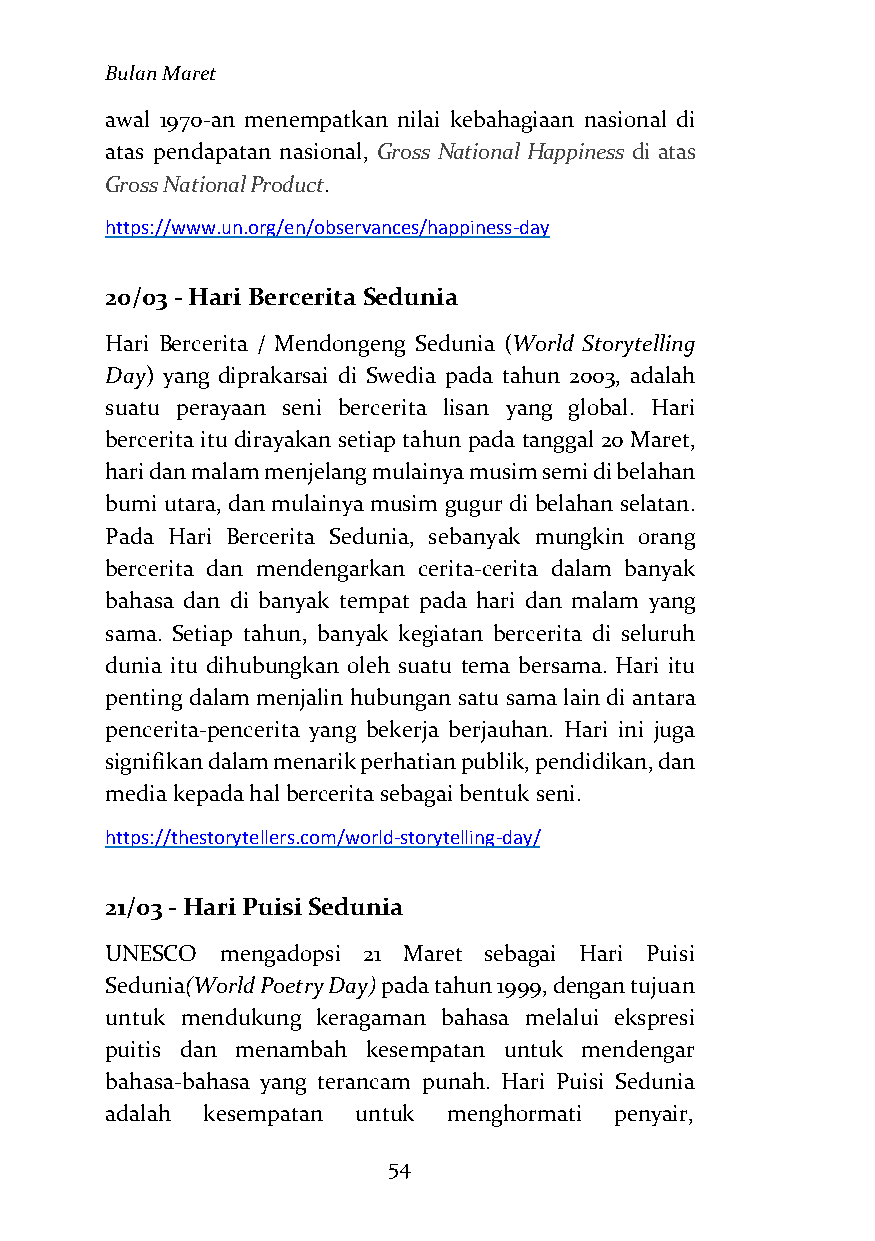
Bulan Maret
 awal 1970-an menempatkan nilai kebahagiaan nasional di
 atas pendapatan nasional, Gross National Happiness di atas
 Gross National Product.
 https://www.un.org/en/observances/happiness-day
 20/03 - Hari Bercerita Sedunia
 Hari Bercerita / Mendongeng Sedunia (World Storytelling
 Day) yang diprakarsai di Swedia pada tahun 2003, adalah
 suatu perayaan seni bercerita lisan yang global. Hari
 bercerita itu dirayakan setiap tahun pada tanggal 20 Maret,
 hari dan malam menjelang mulainya musim semi di belahan
 bumi utara, dan mulainya musim gugur di belahan selatan.
 Pada Hari Bercerita Sedunia, sebanyak mungkin orang
 bercerita dan mendengarkan cerita-cerita dalam banyak
 bahasa dan di banyak tempat pada hari dan malam yang
 sama. Setiap tahun, banyak kegiatan bercerita di seluruh
 dunia itu dihubungkan oleh suatu tema bersama. Hari itu
 penting dalam menjalin hubungan satu sama lain di antara
 pencerita-pencerita yang bekerja berjauhan. Hari ini juga
 signifikan dalam menarik perhatian publik, pendidikan, dan
 media kepada hal bercerita sebagai bentuk seni.
 https://thestorytellers.com/world-storytelling-day/
 21/03 - Hari Puisi Sedunia
 UNESCO  mengadopsi 21 Maret sebagai Hari Puisi
 Sedunia(World Poetry Day) pada tahun 1999, dengan tujuan
 untuk mendukung keragaman bahasa melalui ekspresi
 puitis dan menambah kesempatan untuk mendengar
 bahasa-bahasa yang terancam punah. Hari Puisi Sedunia
 adalah kesempatan untuk menghormati penyair,
 54